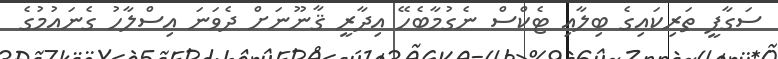
ސަގާފީ ތަރިކައިގެ ބިލާއި ޓެކްސް ނެގުމާބެހޭ އިދާރީ ޤާނޫނަށް ދެވަނަ އިސްލާހު ގެނައުމުގެ